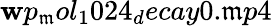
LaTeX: \mathbf{w}p_{\mathfrak{m}}ol_{1}024_{d}ecay0.\mathfrak{m}p4